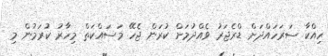
ހިއްކާ ސަރަހައްދަށް ޑްރެޖަރު ވެއްދުމަށް ކުރަން ޖެހޭ މަސައްކަތް މިހާރު ކުރަމުން މި